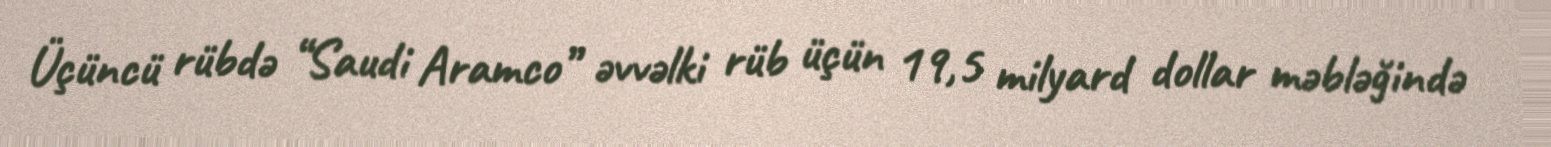
Üçüncü rübdə “Saudi Aramco” əvvəlki rüb üçün 19,5 milyard dollar məbləğində